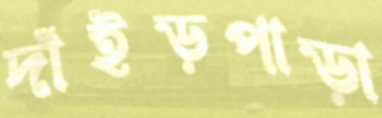
দাঁইড়পাড়া